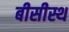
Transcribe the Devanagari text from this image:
बीसीस्थ